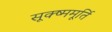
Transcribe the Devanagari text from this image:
सूक्ष्ममूर्ति